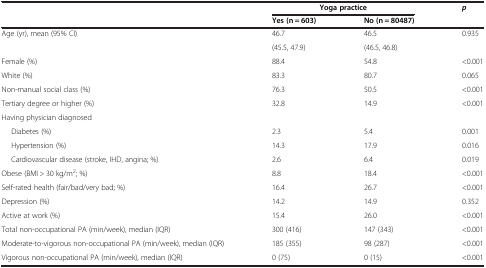
| <ROWSPAN=2>  | <COLSPAN=2> Yoga practice | <ROWSPAN=2> p |
 | Yes (n = 603) | No (n = 80487) |
 | --- | --- | --- | --- |
 | <ROWSPAN=2> Age (yr), mean (95% CI) | 46.7 | 46.5 | <ROWSPAN=2> 0.935 |
 | (45.5, 47.9) | (46.5, 46.8) |
 | Female (%) | 88.4 | 54.8 | <0.001 |
 | White (%) | 83.3 | 80.7 | 0.065 |
 | Non-manual social class (%) | 76.3 | 50.5 | <0.001 |
 | Tertiary degree or higher (%) | 32.8 | 14.9 | <0.001 |
 | Having physician diagnosed |  |  |  |
 | Diabetes (%) | 2.3 | 5.4 | 0.001 |
 | Hypertension (%) | 14.3 | 17.9 | 0.016 |
 | Cardiovascular disease (stroke, IHD, angina; %) | 2.6 | 6.4 | 0.019 |
 | Obese (BMI > 30 kg/m2; %) | 8.8 | 18.4 | <0.001 |
 | Self-rated health (fair/bad/very bad; %) | 16.4 | 26.7 | <0.001 |
 | Depression (%) | 14.2 | 14.9 | 0.352 |
 | Active at work (%) | 15.4 | 26.0 | <0.001 |
 | Total non-occupational PA (min/week), median (IQR) | 300 (416) | 147 (343) | <0.001 |
 | Moderate-to-vigorous non-occupational PA (min/week), median (IQR) | 185 (355) | 98 (287) | <0.001 |
 | Vigorous non-occupational PA (min/week), median (IQR) | 0 (75) | 0 (15) | <0.001 |